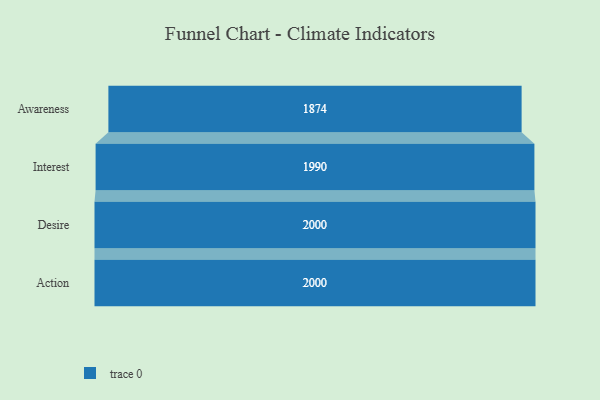
{"axis": {"x": "Stage", "y": "Value"}, "legend": [""], "data": [{"x": "Awareness", "y": 1874.0, "type": ""}, {"x": "Interest", "y": 1990.0, "type": ""}, {"x": "Desire", "y": 2000, "type": ""}, {"x": "Action", "y": 2000, "type": ""}]}